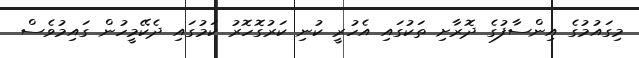
މިގައުމުގެ އިންސާފުގެ ދޮރާށި ތަކުގައި އެހުރީ ކުނި ކަރުގޮހޮރު ކަމުގައި ދެކޭމީހުން ގައިމުވެސް